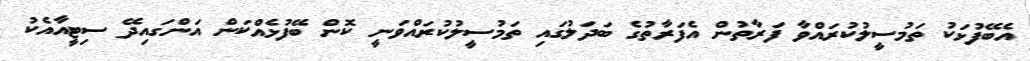
އެބޭފުޅަކު ތަމުސީލުކުރައްވާ ފަރާތުން އެފަރާތުގެ ބަދަލުގައި ތަމުސީލުކުރައްވަނީ ކޮން ބޭފުޅެއްކަން އަންގައިދޭ ސިޓީއާއެކު